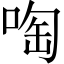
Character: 啕